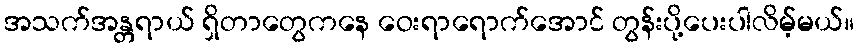
အသက်အန္တရာယ် ရှိတာတွေကနေ ဝေးရာရောက်အောင် တွန်းပို့ပေးပါလိမ့်မယ်။